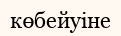
көбейуіне